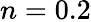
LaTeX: n=0.2